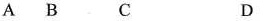
A B C D